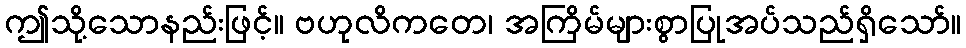
ဤသို့သောနည်းဖြင့်။ ဗဟုလိကတေ၊ အကြိမ်များစွာပြုအပ်သည်ရှိသော်။